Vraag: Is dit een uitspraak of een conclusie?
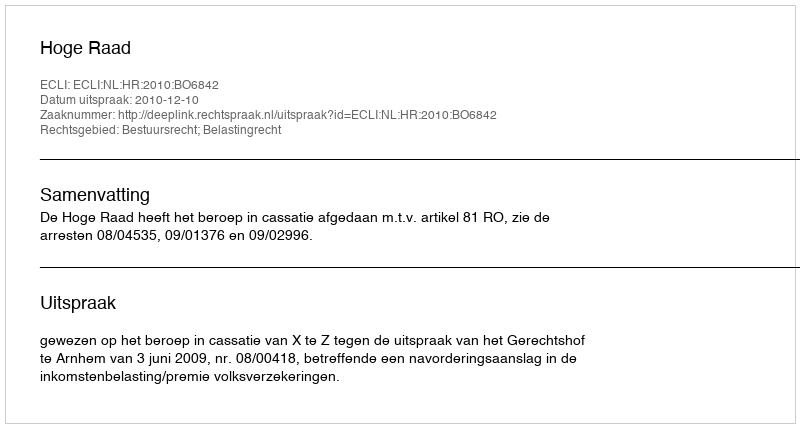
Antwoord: Uitspraak